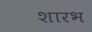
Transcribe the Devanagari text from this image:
शारभ